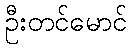
ဦးတင်မောင်